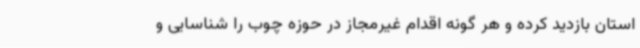
استان بازدید کرده و هر گونه اقدام غیرمجاز در حوزه چوب را شناسایی و